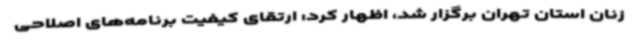
زنان استان تهران برگزار شد، اظهار کرد: ارتقای کیفیت برنامه‌های اصلاحی